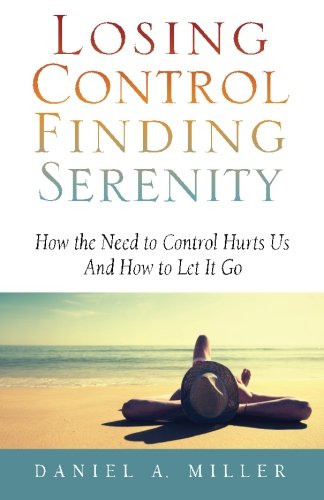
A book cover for Losing Control Finding Serenity: How the Need to Control Hurts Us And How to Let It Go (Volume 1); Daniel A. Miller; Health, Fitness & Dieting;